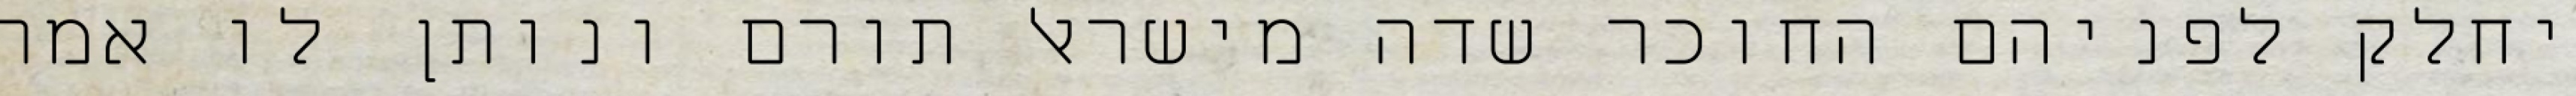
יחלק לפניהם החוכר שדה מישראל תורם ונותן לו אמר